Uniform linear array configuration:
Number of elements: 48
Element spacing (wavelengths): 1
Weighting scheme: hamming
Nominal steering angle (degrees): -30
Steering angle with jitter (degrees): -30.345
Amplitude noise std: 0.05
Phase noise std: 0.05

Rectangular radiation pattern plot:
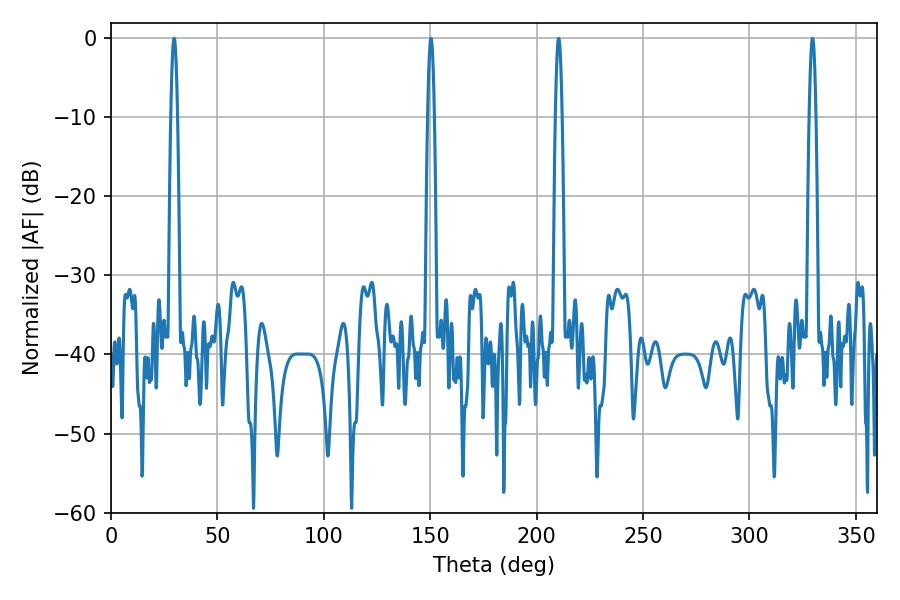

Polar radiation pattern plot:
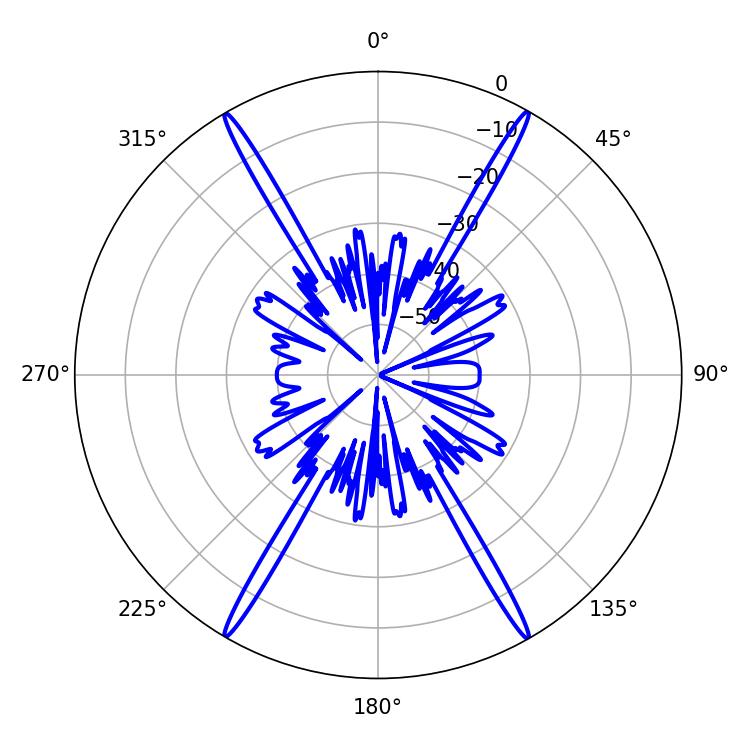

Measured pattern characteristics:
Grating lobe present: TRUE
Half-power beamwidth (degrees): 1.62
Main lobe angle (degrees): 150.3